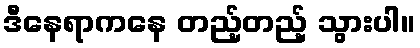
ဒီနေရာကနေ တည့်တည့် သွားပါ။